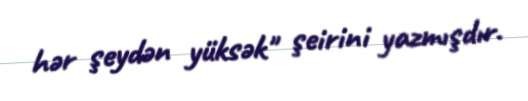
hər şeydən yüksək" şeirini yazmışdır.